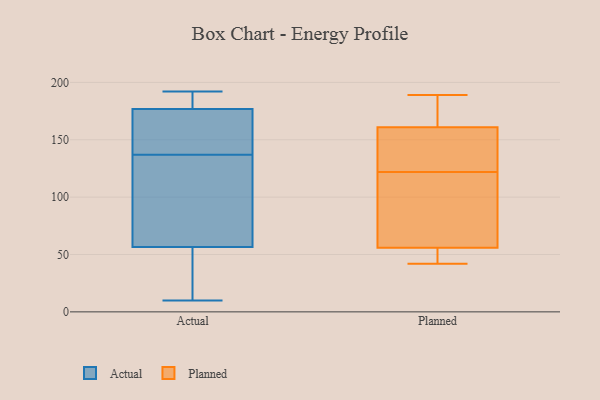
{"axis": {"x": "Waste Production (Tons)", "y": "Value"}, "legend": ["Actual", "Planned"], "data": [{"x": "", "y": 85, "type": "Actual"}, {"x": "", "y": 187, "type": "Actual"}, {"x": "", "y": 166, "type": "Actual"}, {"x": "", "y": 192, "type": "Actual"}, {"x": "", "y": 67, "type": "Actual"}, {"x": "", "y": 108, "type": "Actual"}, {"x": "", "y": 158, "type": "Actual"}, {"x": "", "y": 21, "type": "Actual"}, {"x": "", "y": 144, "type": "Actual"}, {"x": "", "y": 53, "type": "Actual"}, {"x": "", "y": 170, "type": "Actual"}, {"x": "", "y": 10, "type": "Actual"}, {"x": "", "y": 38, "type": "Actual"}, {"x": "", "y": 183, "type": "Actual"}, {"x": "", "y": 179, "type": "Actual"}, {"x": "", "y": 71, "type": "Actual"}, {"x": "", "y": 182, "type": "Actual"}, {"x": "", "y": 137, "type": "Actual"}, {"x": "", "y": 40, "type": "Actual"}, {"x": "", "y": 162, "type": "Planned"}, {"x": "", "y": 56, "type": "Planned"}, {"x": "", "y": 46, "type": "Planned"}, {"x": "", "y": 157, "type": "Planned"}, {"x": "", "y": 161, "type": "Planned"}, {"x": "", "y": 117, "type": "Planned"}, {"x": "", "y": 189, "type": "Planned"}, {"x": "", "y": 127, "type": "Planned"}, {"x": "", "y": 42, "type": "Planned"}, {"x": "", "y": 96, "type": "Planned"}]}